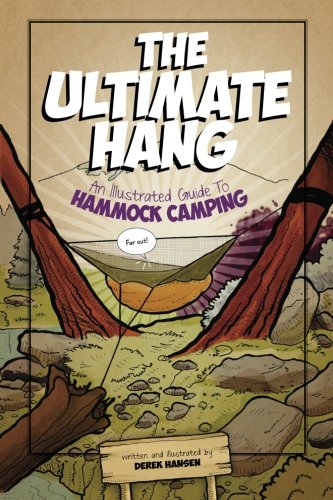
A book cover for The Ultimate Hang: An Illustrated Guide To Hammock Camping; Derek J Hansen; Sports & Outdoors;